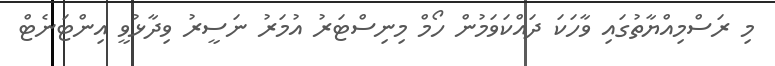
މި ރަސްމިއްޔާތުގައި ވާހަކަ ދައްކަވަމުން ހޯމް މިނިސްޓަރު އުމަރު ނަސީރު ވިދާޅުވީ އިންޓަނެޓް